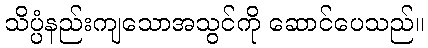
သိပ္ပံနည်းကျသောအသွင်ကို ဆောင်ပေသည်။